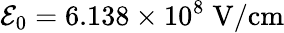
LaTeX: {\cal E}_{0}=6.138\times 10^{8}\; \mathrm{V/cm}